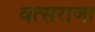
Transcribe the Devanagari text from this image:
वत्सराजा